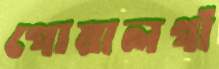
গোয়ালগাঁ